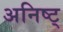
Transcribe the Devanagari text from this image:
अनिष्ट्